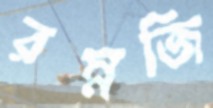
রম্নজি